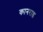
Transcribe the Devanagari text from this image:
कानराड